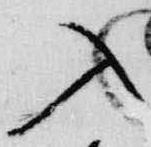
入